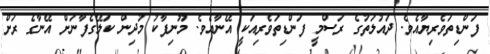
ފަންޑިތަވެރިޔާއެވެ. ދައުލަތުގެ ރަސްމީ ފަންޑިތަވެރިއަކީ އޭނާއެވެ. މޫނިފާކު މުދިން ކަލޭގެފާނަށް އޭނާގެ ރަށް